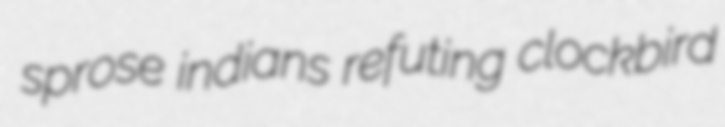
sprose indians refuting clockbird